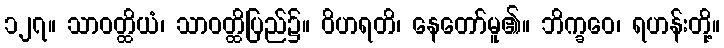
၁၂၇။ သာဝတ္ထိယံ၊ သာဝတ္ထိပြည်၌။ ဝိဟရတိ၊ နေတော်မူ၏။ ဘိက္ခဝေ၊ ရဟန်းတို့။